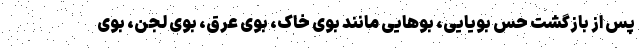
پس از بازگشت حس بویایی، بوهایی مانند بوی خاک، بوی عرق، بوی لجن، بوی